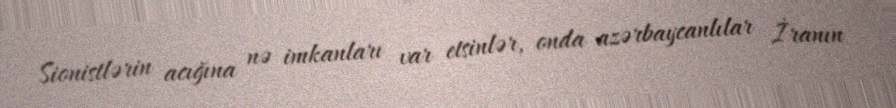
Sionistlərin acığına nə imkanları var etsinlər, onda azərbaycanlılar İranın